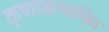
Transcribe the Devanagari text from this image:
कृष्णकथाश्रित